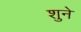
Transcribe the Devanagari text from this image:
शुने